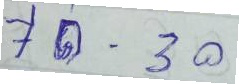
70 - 30